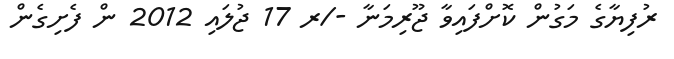
ރުފިޔާގެ މަގުން ކޮށްފައިވާ ޖޫރިމަނާ -/ރ 17 ޖުލައި 2012 ން ފެށިގެން